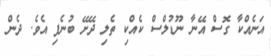
އަނެއްކާ ގޮސް އޭނާ ނޫޑުލްސް ކެއްކި ތެލި ދޭށޭ ބުނެފި އެވެ. ދެން